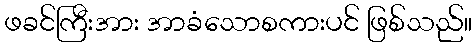
ဖခင်ကြီးအား အာခံသောစကားပင် ဖြစ်သည်။